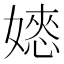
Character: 𡡌